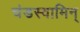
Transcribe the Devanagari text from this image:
चंडस्वामिन्